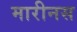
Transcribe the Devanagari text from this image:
मारीनस